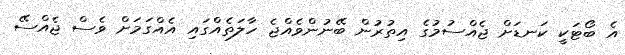
އެ ބޯޓަކީ ކަނޑަށް ޖެއްސުމުގެ އިތުރުން ބޭނުންވެއްޖެ ހާލަތެއްގައި އެއްގަމަށް ވެސް ޖެއްސޭ